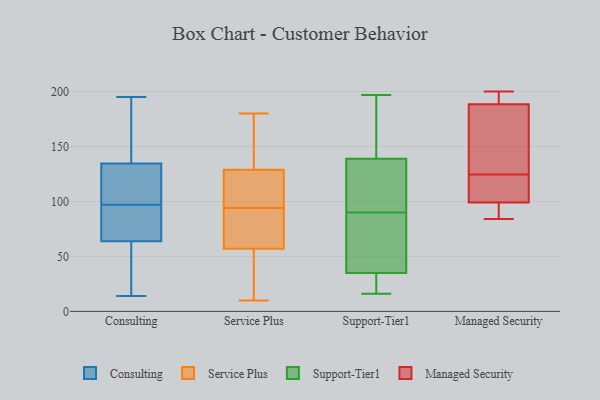
{"axis": {"x": "Website Visitors", "y": "Value"}, "legend": ["Consulting", "Managed Security", "Service Plus", "Support-Tier1"], "data": [{"x": "", "y": 143, "type": "Consulting"}, {"x": "", "y": 115, "type": "Consulting"}, {"x": "", "y": 195, "type": "Consulting"}, {"x": "", "y": 62, "type": "Consulting"}, {"x": "", "y": 177, "type": "Consulting"}, {"x": "", "y": 78, "type": "Consulting"}, {"x": "", "y": 69, "type": "Consulting"}, {"x": "", "y": 46, "type": "Consulting"}, {"x": "", "y": 144, "type": "Consulting"}, {"x": "", "y": 14, "type": "Consulting"}, {"x": "", "y": 79, "type": "Consulting"}, {"x": "", "y": 92, "type": "Consulting"}, {"x": "", "y": 55, "type": "Consulting"}, {"x": "", "y": 111, "type": "Consulting"}, {"x": "", "y": 110, "type": "Consulting"}, {"x": "", "y": 33, "type": "Consulting"}, {"x": "", "y": 121, "type": "Consulting"}, {"x": "", "y": 139, "type": "Consulting"}, {"x": "", "y": 97, "type": "Consulting"}, {"x": "", "y": 58, "type": "Service Plus"}, {"x": "", "y": 159, "type": "Service Plus"}, {"x": "", "y": 97, "type": "Service Plus"}, {"x": "", "y": 10, "type": "Service Plus"}, {"x": "", "y": 180, "type": "Service Plus"}, {"x": "", "y": 129, "type": "Service Plus"}, {"x": "", "y": 94, "type": "Service Plus"}, {"x": "", "y": 13, "type": "Service Plus"}, {"x": "", "y": 57, "type": "Service Plus"}, {"x": "", "y": 55, "type": "Service Plus"}, {"x": "", "y": 94, "type": "Service Plus"}, {"x": "", "y": 77, "type": "Service Plus"}, {"x": "", "y": 114, "type": "Service Plus"}, {"x": "", "y": 147, "type": "Service Plus"}, {"x": "", "y": 37, "type": "Support-Tier1"}, {"x": "", "y": 197, "type": "Support-Tier1"}, {"x": "", "y": 119, "type": "Support-Tier1"}, {"x": "", "y": 34, "type": "Support-Tier1"}, {"x": "", "y": 139, "type": "Support-Tier1"}, {"x": "", "y": 170, "type": "Support-Tier1"}, {"x": "", "y": 78, "type": "Support-Tier1"}, {"x": "", "y": 102, "type": "Support-Tier1"}, {"x": "", "y": 16, "type": "Support-Tier1"}, {"x": "", "y": 35, "type": "Support-Tier1"}, {"x": "", "y": 92, "type": "Managed Security"}, {"x": "", "y": 200, "type": "Managed Security"}, {"x": "", "y": 194, "type": "Managed Security"}, {"x": "", "y": 103, "type": "Managed Security"}, {"x": "", "y": 117, "type": "Managed Security"}, {"x": "", "y": 95, "type": "Managed Security"}, {"x": "", "y": 183, "type": "Managed Security"}, {"x": "", "y": 84, "type": "Managed Security"}, {"x": "", "y": 147, "type": "Managed Security"}, {"x": "", "y": 195, "type": "Managed Security"}, {"x": "", "y": 132, "type": "Managed Security"}, {"x": "", "y": 108, "type": "Managed Security"}]}